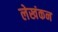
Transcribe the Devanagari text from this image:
लेखंकन